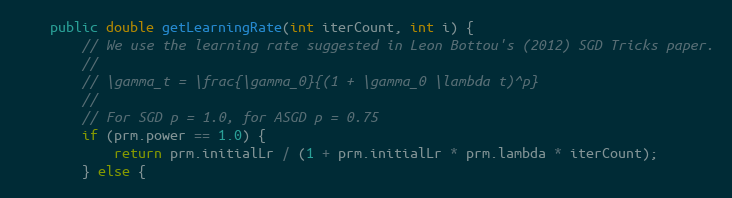
Language: Java
    public double getLearningRate(int iterCount, int i) {
        // We use the learning rate suggested in Leon Bottou's (2012) SGD Tricks paper.
        //
        // \gamma_t = \frac{\gamma_0}{(1 + \gamma_0 \lambda t)^p}
        //
        // For SGD p = 1.0, for ASGD p = 0.75
        if (prm.power == 1.0) {
            return prm.initialLr / (1 + prm.initialLr * prm.lambda * iterCount);
        } else {